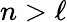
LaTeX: n>\ell